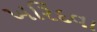
ખરિદવા